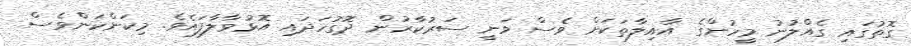
ގޮތުގައި ގެއްލުނު މީހުންގެ އާއިލާތަކަށް ވެސް ވަނީ ސަރުކާރުން ދޮގުހަދައި އޮޅުވާލާފައެވެ. މިކަންކަންވެސް